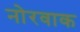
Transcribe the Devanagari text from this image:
नोरवाक